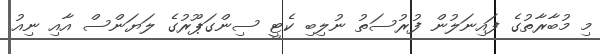
މި މުބާރާތުގެ ފައިނަލުން ފުރުސަތު ނުލިބި ކެޓީ ސިންގަޕޫރުގެ ލަޔަންސް އާއި ނިއު